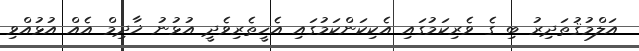
އަލްމުޤުތަދިރު ބި ގެ ވެރިކަމުގައި އެކިކަންކަމުގައި އެހީތެރިވެދީ އުޅުނު ޚާދިމް އެއް އުޅުއްވި